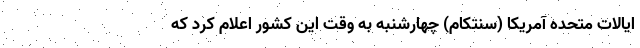
ایالات متحده آمریکا (سنتکام) چهارشنبه به وقت این کشور اعلام کرد که